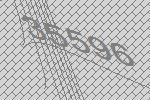
35596